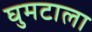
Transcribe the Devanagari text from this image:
घुमटाला